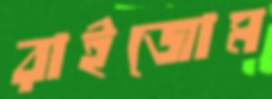
রাইজোম